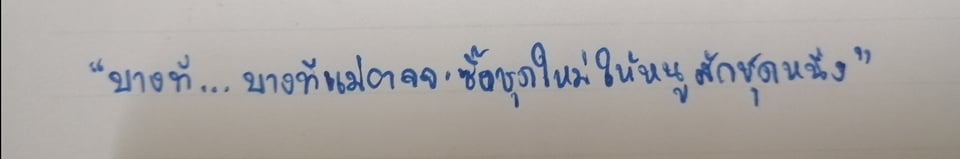
"บางที...บางทีแม่อาจจะซื้อชุดใหม่ให้หนูสักชุดหนึ่ง"